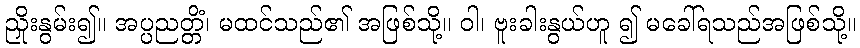
ညှိုးနွမ်း၍။ အပ္ပညတ္တိံ၊ မထင်သည်၏ အဖြစ်သို့။ ဝါ၊ ဗူးခါးနွယ်ဟူ ၍ မခေါ်ရသည်အဖြစ်သို့။